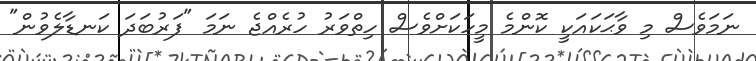
ނަމަވެސް މި ވާޙަކައަކީ ކޮންމެ މީހަކަށްވެސް ހިތްވަރު ހުރެއްޖެ ނަމަ "ފަރުބަދަ ކަނޑާލެވުން"